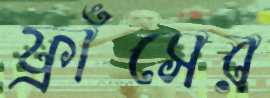
ফ্রাঁসের